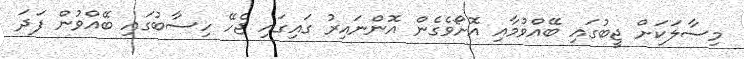
މިސާލަކަށް ޖީބުގައި ބޭއްވުމާއި އޮށޯވެގެން އޮންނައިރު ގައިގައި ޖެހޭ ހިސާބުގައި ބޭއްވުން ފަދަ